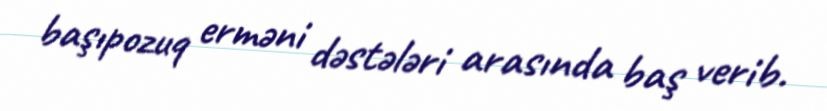
başıpozuq erməni dəstələri arasında baş verib.